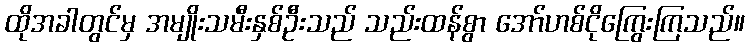
ထိုအခါတွင်မှ အမျိုးသမီးနှစ်ဦးသည် သည်းထန်စွာ အော်ဟစ်ငိုကြွေးကြသည်။